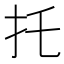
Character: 托